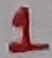
Text: 1